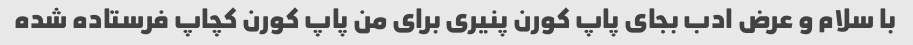
با سلام و عرض ادب بجای پاپ کورن پنیری برای من پاپ کورن کچاپ فرستاده شده